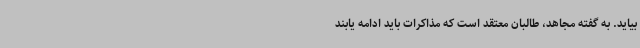
بیاید. به گفته مجاهد، طالبان معتقد است که مذاکرات باید ادامه یابند